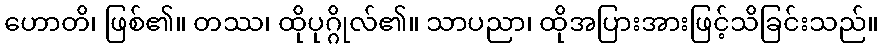
ဟောတိ၊ ဖြစ်၏။ တဿ၊ ထိုပုဂ္ဂိုလ်၏။ သာပညာ၊ ထိုအပြားအားဖြင့်သိခြင်းသည်။